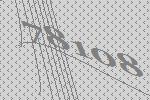
78108